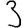
Digit: 3